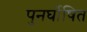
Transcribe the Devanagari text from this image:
पुनर्घोषित